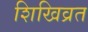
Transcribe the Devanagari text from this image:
शिखिव्रत